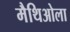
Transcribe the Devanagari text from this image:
मैथिओला